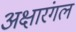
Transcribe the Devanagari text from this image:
अक्षारंगल